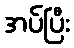
အပ်ပြီး